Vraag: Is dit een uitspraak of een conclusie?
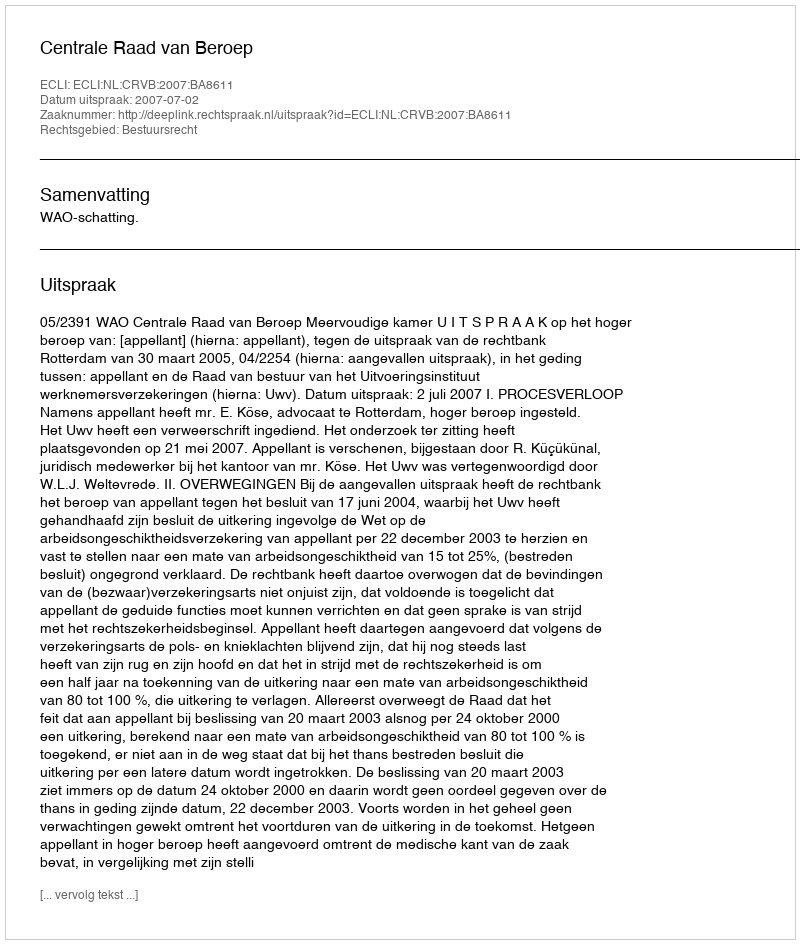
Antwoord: Uitspraak